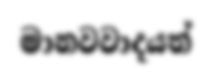
මානවවාදයත්